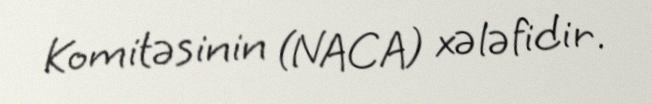
Komitəsinin (NACA) xələfidir.